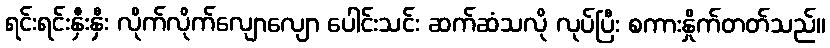
ရင်းရင်းနှီးနှီး လိုက်လိုက်လျောလျော ပေါင်းသင်း ဆက်ဆံသလို လုပ်ပြီး စကားနှိုက်တတ်သည်။